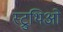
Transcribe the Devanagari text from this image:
स्ट्रुथिओ